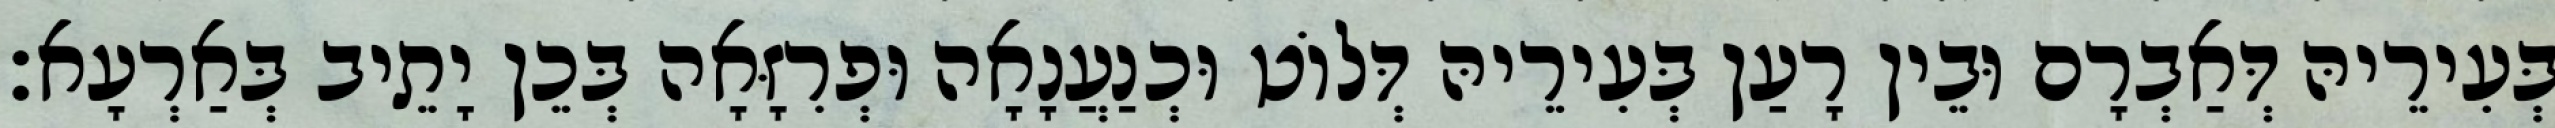
בְּעִירֵיהּ דְּאַבְרָם וּבֵין רָעַן בְּעִירֵיהּ דְּלוֹט וּכְנַעֲנָאָה וּפְרִזָּאָה בְּכֵן יָתֵיב בְּאַרְעָא׃